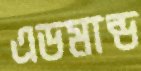
এডমান্ড